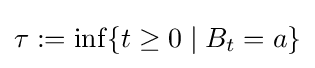
\tau :=\inf\{t\geq 0\mid B_{t}=a\}